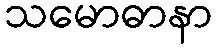
သမောဓာနာ